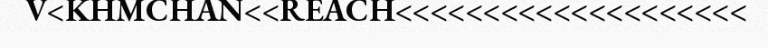
V<KHMCHAN<<REACH<<<<<<<<<<<<<<<<<<<<